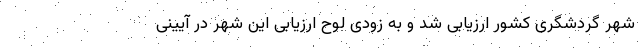
شهر گردشگری کشور ارزیابی شد و به زودی لوح ارزیابی این شهر در آیینی